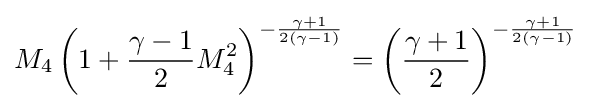
M_{4}\left(1+{\frac {\gamma -1}{2}}M_{4}^{2}\right)^{-{\frac {\gamma +1}{2(\gamma -1)}}}=\left({\frac {\gamma +1}{2}}\right)^{-{\frac {\gamma +1}{2(\gamma -1)}}}